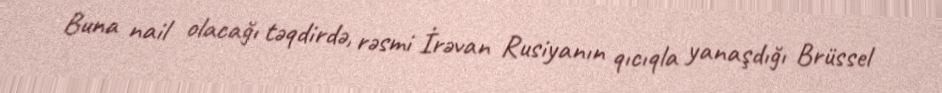
Buna nail olacağı təqdirdə, rəsmi İrəvan Rusiyanın qıcıqla yanaşdığı Brüssel